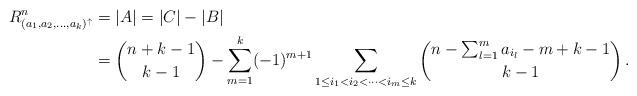
LaTeX: \begin{align*}R_{ (a_1,a_2, \dots , a_k)^{\uparrow} }^{n} &= \arrowvert A \arrowvert = \arrowvert C \arrowvert - \arrowvert B \arrowvert \\&=\binom{n+k-1}{k-1} - \sum_{m=1}^{k} (-1)^{m+1}\sum_{1\leq i_1 < i_2 < \dots <i_m \leq k} \binom{n-\sum_{l=1}^{m} a_{i_{l}} - m + k - 1}{k-1} \,.\end{align*}